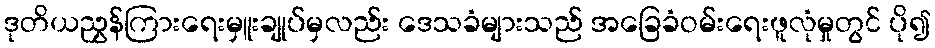
ဒုတိယညွှန်ကြားရေးမှူးချုပ်မှလည်း ဒေသခံများသည် အခြေခံဝမ်းရေးဖူလုံမှုတွင် ပို၍